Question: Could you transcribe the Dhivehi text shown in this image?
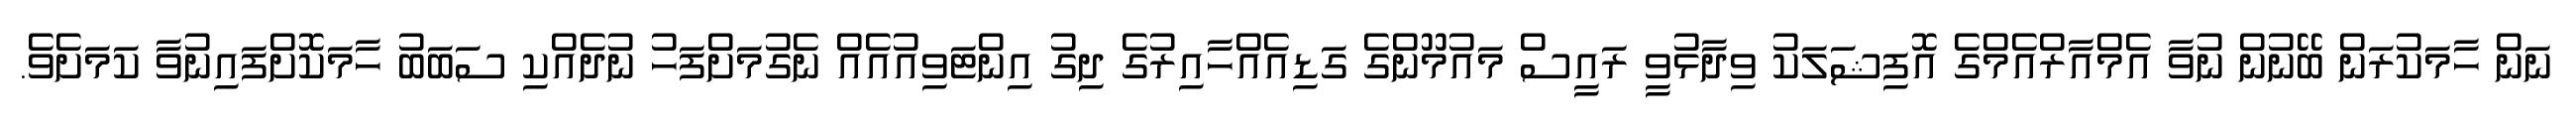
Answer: ނަން ހާމަކުރަން ބޭނުން ނުވާ އެމްއާރްއެމްގެ އޮފިޝަލަކު ވިދާޅުވީ ރައީސް މައުމޫންގެ ގަޑިއެއްހާއިރުގެ ދިގު އިންޓަވިއުއެއް ނެގުމަށްފަހު ނުދެއްކި ސަބަބު ހާމަކޮށްފައިނުވާ ކަމަށެވެ.